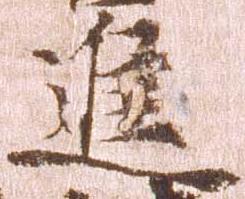
進